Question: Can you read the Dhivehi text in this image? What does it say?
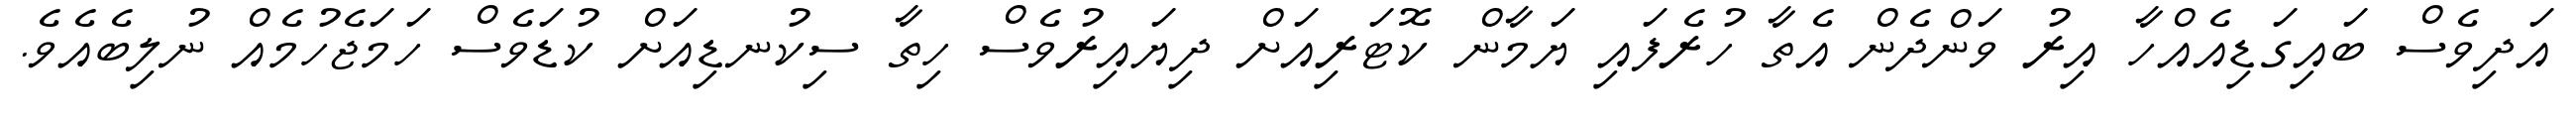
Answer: އަދިވެސް ބައިގަޑިއެއްހާ އިރު ވަންދެން އެތާ ހުރެފައި ޔަމާން ކޮޓަރިއަށް ދިޔައިރުވެސް ހިތާ ސިކުނޑިއަށް ކުޑަވެސް ހަމަޖެހުމެއް ނުލިބެއެވެ.